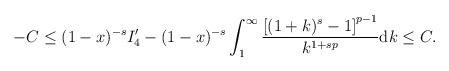
LaTeX: \begin{align*}\begin{aligned}-C\leq(1-x)^{-s}I_4'-(1-x)^{-s}\int_{1}^{\infty}\frac{\left[(1+k)^s-1\right]^{p-1}}{k^{1+sp}}\mathrm{d}k\leq C.\end{aligned}\end{align*}